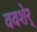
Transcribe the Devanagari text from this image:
ववशेर्